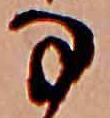
な